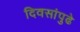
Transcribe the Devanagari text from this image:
दिवसांपुढे